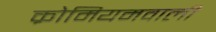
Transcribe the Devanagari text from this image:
क्रोमियमवाली